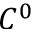
C ^ { 0 }